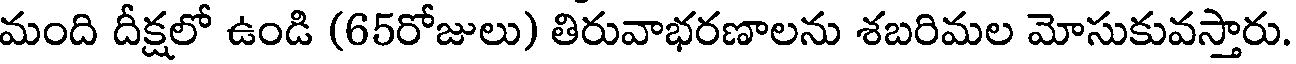
మంది దీక్షలో ఉండి (65రోజులు) తిరువాభరణాలను శబరిమల మోసుకువస్తారు.